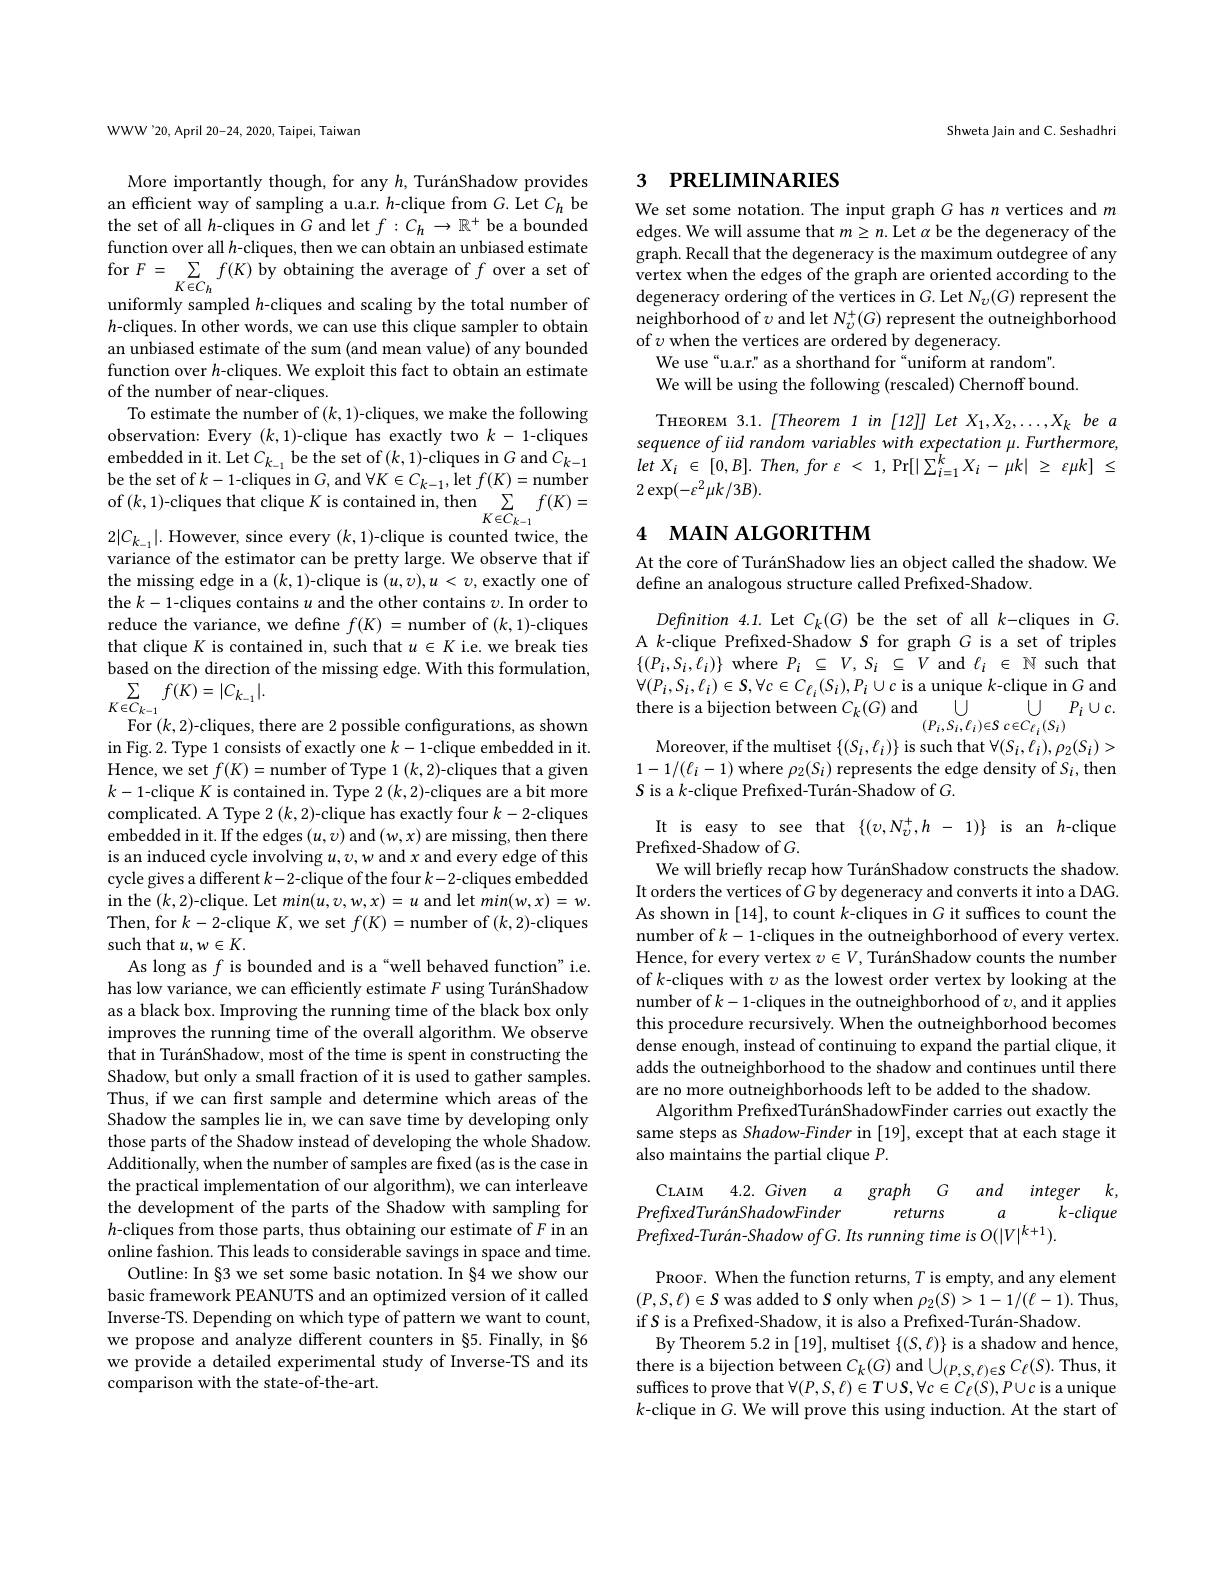
WWW'20, April 20-24, 2020, Taipei, Taiwan

More importantly though, for any $h, \text{Tur\'{a} nShadow provides}$ an efficient way of sampling a u.a.r. $h$-clique from $G.$ Let $C_{h}$ be the set of all $h$-cliques in $G$ and let $f:C_h\to\mathbb{R}^+$ be a bounded function over all $h$-cliques, then we can obtain an unbiased estimate for $F=\sum_{K\in C_{h}}f(K)$ by obtaining the average of $f$ over a set of uniformly sampled $h$-cliques and scaling by the total number of $h$-cliques. In other words, we can use this clique sampler to obtain an unbiased estimate of the sum (and mean value) of any bounded function over $h$-cliques. We exploit this fact to obtain an estimate of the number of near-cliques.
To estimate the number of $(k,1)$-cliques, we make the following observation: Every $(k,1)$-clique has exactly two $k-1$-cliques embedded in it. Let $C_{k_{-1}}$ be the set of $(k,1)$-cliques in $G$ and $C_k-1$ be the set of $k-1$-cliques in $G$,and $\forall K\in C_k-1$,let $f(K)=$number of$(k,1)$-cliques that clique $K$ is contained in, then$\sum_K\in C_{k-1}f(K)=$ $2|C_{k_{-1}}|.$ However, since every $(k,1)$-clique is counted twice, the variance of the estimator can be pretty large. We observe that if the missing edge in a (k,1)-clique is (u,v),u<v, exactly one of the $k-1$-cliques contains $u$ and the other contains $v.$ In order to reduce the variance, we define $f(K)=$number of $(k,1)$-cliques that clique $K$ is contained in, such that $u\in K$ i.e. we break ties based on the direction of the missing edge. With this formulation, $\sum _{- \infty }$ $f( K) = | C_{k_{- 1}}| .$
$K\in\overline{C}_{k-1}$
For $(k,2)$-cliques, there are 2 possible configurations, as shown

in Fig.2. Type 1 consists of exactly one $k-1$-clique embedded in it. Hence, we set $f(K)=$number of Type 1($k,2)$-cliques that a given $k-1$-clique $K$ is contained in. Type 2($k,2)$-cliques are a bit more complicated. A Type 2 (k,2)-clique has exactly four $k-2$-cliques embedded in it. If the edges $(u,v)$ and $(w,x)$ are missing, then there is an induced cycle involving $u,v,w$ and $x$ and every edge of this cycle gives a different $k-2$-clique of the four $k-2$-cliques embedded in the $(k,2)$-clique. Let $min(u,v,w,x)=u$ and let $min(w,x)=w.$ Then, for $k-2$-clique $K$,we set $f(K)=$number of $(k,2)$-cliques such that $u,w\in K.$
As long as $f$ is bounded and is a“well behaved function" i.e. has low variance, we can efficiently estimate $F$ using TuránShadow as a black box. Improving the running time of the black box only improves the running time of the overall algorithm. We observe that in TuránShadow, most of the time is spent in constructing the Shadow, but only a small fraction of it is used to gather samples. Thus, if we can frst sample and determine which areas of the Shadow the samples lie in, we can save time by developing only those parts of the Shadow instead of developing the whole Shadow Additionally, when the number of samples are fixed (as is the case in the practical implementation of our algorithm), we can interleave the development of the parts of the Shadow with sampling for $h$-cliques from those parts, thus obtaining our estimate of $F$ in an $\hat{\text{online fashion. This leads to considerable savings in space and time}}.$
Outline: In §3 we set some basic notation. In §4 we show our basic framework PEANUTS and an optimized version of it called Inverse-TS. Depending on which type of pattern we want to count, we propose and analyze different counters in §5. Finally, in §6 we provide a detailed experimental study of Inverse-TS and its comparison with the state-of-the-art.

Shweta Jain and C. Seshadhri

## 3 $\textbf{PRELIMINARIES}$

We set some notation. The input graph $G$ has $n$ vertices and $m$ edges. We will assume that $m\geq n.$ Let $\alpha$ be the degeneracy of the graph. Recall that the degeneracy is the maximum outdegree of any vertex when the edges of the graph are oriented according to the degeneracy ordering of the vertices in $G.$ Let $N_\upsilon(G)$ represent the neighborhood of $\upsilon$ and let $N_v^+(G)$ represent the outneighborhood of $\upsilon$ when the vertices are ordered by degeneracy.
We use“u.a.r:" as a shorthand for “uniform at random"
We will be using the following (rescaled) Chernoff bound.

THEOREM 3.1.[Theorem 1 in[12]] Let X1,X2,...,Xk be a sequence of iid random variables with expectation μ. Furthermore, let $X_{i}$ $\in$ $[ 0, B] .$ $Then$, for $\varepsilon$ < 1, $\Pr [ | \sum _{i= 1}^{k}X_{i}- \mu k|$ $\geq$ $\varepsilon \mu k]$ $\leq$ $2\exp(-\varepsilon^{2}\mu k/3B).$

# 4 мАIN АLGORITHM

At the core of TuránShadow lies an object called the shadow. We
define an analogous structure called Prefixed-Shadow.

$Definition4.1.$ Let $C_k(G)$ be the set of all $k$-cliques in $G.$ A k-clique Prefixed-Shadow $S$ for graph $G$ is a set of triples $\{(P_{i},S_{i},\ell_{i})\}$ where $P_{i}\subseteq V,S_{i}\subseteq V$ and $\ell_{i}\in\mathbb{N}$ such that $\forall(P_{i},S_{i},\ell_{i})\in S,\forall c\in C_{\ell_{i}}(S_{i}),P_{i}\cup c$ is a unique $k$-clique in $G$ and
$\cup$
$\cup$ $P_{i}\cup c.$
there is a bijection between $C_k(G)$ and
$( P_{i}, S_{i}, \ell _{i}) \in \mathcal{S}$ $c\in C_{\ell _{i}}( S_{i})$
Moreover, if the multiset $\{(S_{i},\ell_{i})\}$ is such that $\forall(S_{i},\ell_{i}),\rho_{2}(S_{i})>$ $1-1/(\ell_i-1)$ where $\rho_2(S_i)$ represents the edge density of $S_i$,then $S$ is a $k$-clique Prefixed-Turán-Shadow of $G.$

It is easy to see that $\{(v,N_{v}^{+},h-1)\}$ is an $h$-clique
Prefixed-Shadow of $G.$
We will briefly recap how TuránShadow constructs the shadow. It orders the vertices of $G$ by degeneracy and converts it into a DAG. As shown in [14], to count k-cliques in $G$ it suffices to count the number of $k-1$-cliques in the outneighborhood of every vertex. Hence, for every vertex $v\in V, \text{Tur\'{a} nShadow counts the number}$ of $k$-cliques with $v$ as the lowest order vertex by looking at the number of $k-1$-cliques in the outneighborhood of $\upsilon$,and it applies this procedure recursively. When the outneighborhood becomes dense enough, instead of continuing to expand the partial clique, it adds the outneighborhood to the shadow and continues until there are no more outneighborhoods left to be added to the shadow.
Algorithm PrefixedTuránShadowFinder carries out exactly the same steps as Shadow-Finder in [19], except that at each stage it also maintains the partial clique $P.$

CLAIM 4.2.Given $a$ graph $G$ and integer $k$,
PrefixedTuránShadowFinder
$a$
$\bar{k}-clique$
returns
Prefixed-Turán-Shadow ofG. Its running time is O(|V|'k+1).

PROOF. When the function returns, $T$ is empty, and any element $(P,S,\ell)\in S$ was added to $S$ only when $\rho_2(S)>1-1/(\ell-1).$ Thus, if $S$ is a Prefixed-Shadow, it is also a Prefixed-Turán-Shadow
By Theorem 5.2 in [19],multiset $\{(S,\ell)\}$ is a shadow and hence, there is a bijection between $C_k(G)$ and $\bigcup_{(P,S,\ell)\in S}C_\ell(S).$ Thus, it suffices to prove that $\forall(P,S,\ell)\in T\cup S,\forall c\in C_{\ell}(S),P\cup c$ is a unique $k$-clique in $G$. We will prove this using induction. At the start of